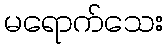
မရောက်သေး